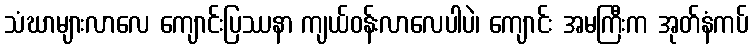
သံဃာများလာလေ ကျောင်းပြဿနာ ကျယ်ဝန်းလာလေပါပဲ၊ ကျောင်း အမကြီးက အုတ်နံကပ်